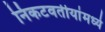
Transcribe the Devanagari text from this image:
निकटवर्तीयांमध्ये